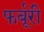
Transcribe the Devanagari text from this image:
फर्बूरी